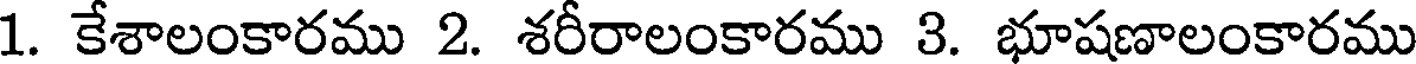
1. కేశాలంకారము 2. శరీరాలంకారము 3. భూషణాలంకారము